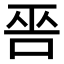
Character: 𠳄